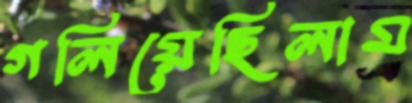
গলিয়েছিলাম